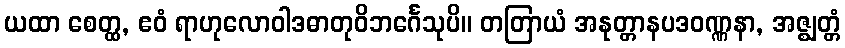
ယထာ စေတ္ထ, ဧဝံ ရာဟုလောဝါဒဓာတုဝိဘင်္ဂေသုပိ။ တတြာယံ အနုတ္တာနပဒဝဏ္ဏနာ, အဇ္ဈတ္တံ